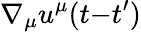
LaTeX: \nabla_{\mu}u^{\mu}(t{-}t^{\prime})